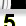
Digit: 5